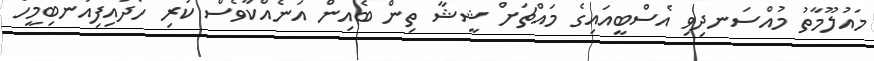
މައުލޫމާތު މުއްސަނދިވި އެސްބީއައިގެ މައްޗަށް ޝީޝާ ތިން ބެއިން އަނެއްކާވެސް ކުރި ހޯދައިފިއަނބިމީހާ